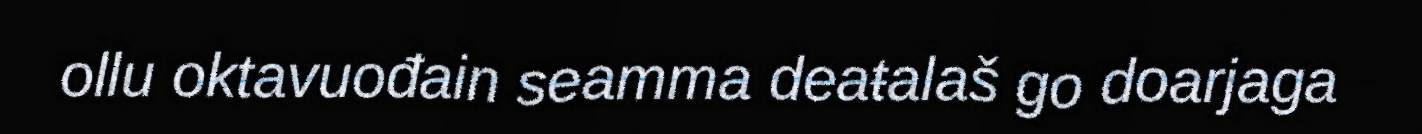
ollu oktavuođain seamma deaŧalaš go doarjaga